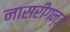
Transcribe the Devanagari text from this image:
नासरीगन्ज्